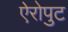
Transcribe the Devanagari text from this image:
ऐरोपुट